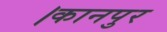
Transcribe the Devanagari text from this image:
।कानपुर